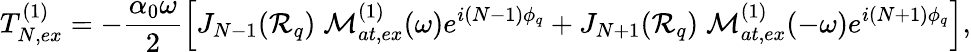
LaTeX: T_{N,ex}^{(1)}=-\frac{\alpha_{0}\omega}{2}\left[J_{N-1}({\cal R}_{q})\; {\cal M}_{at,ex}^{(1)}(\omega)e^{i(N-1)\phi_{q}}+J_{N+1}({\cal R}_{q})\; {\cal M}_{at,ex}^{(1)}(-\omega)e^{i(N+1)\phi_{q}}\right],